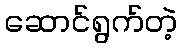
ဆောင်ရွက်တဲ့